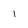
Character: 1